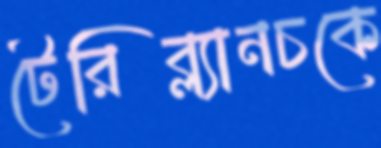
টেরিব্ল্যানচকে